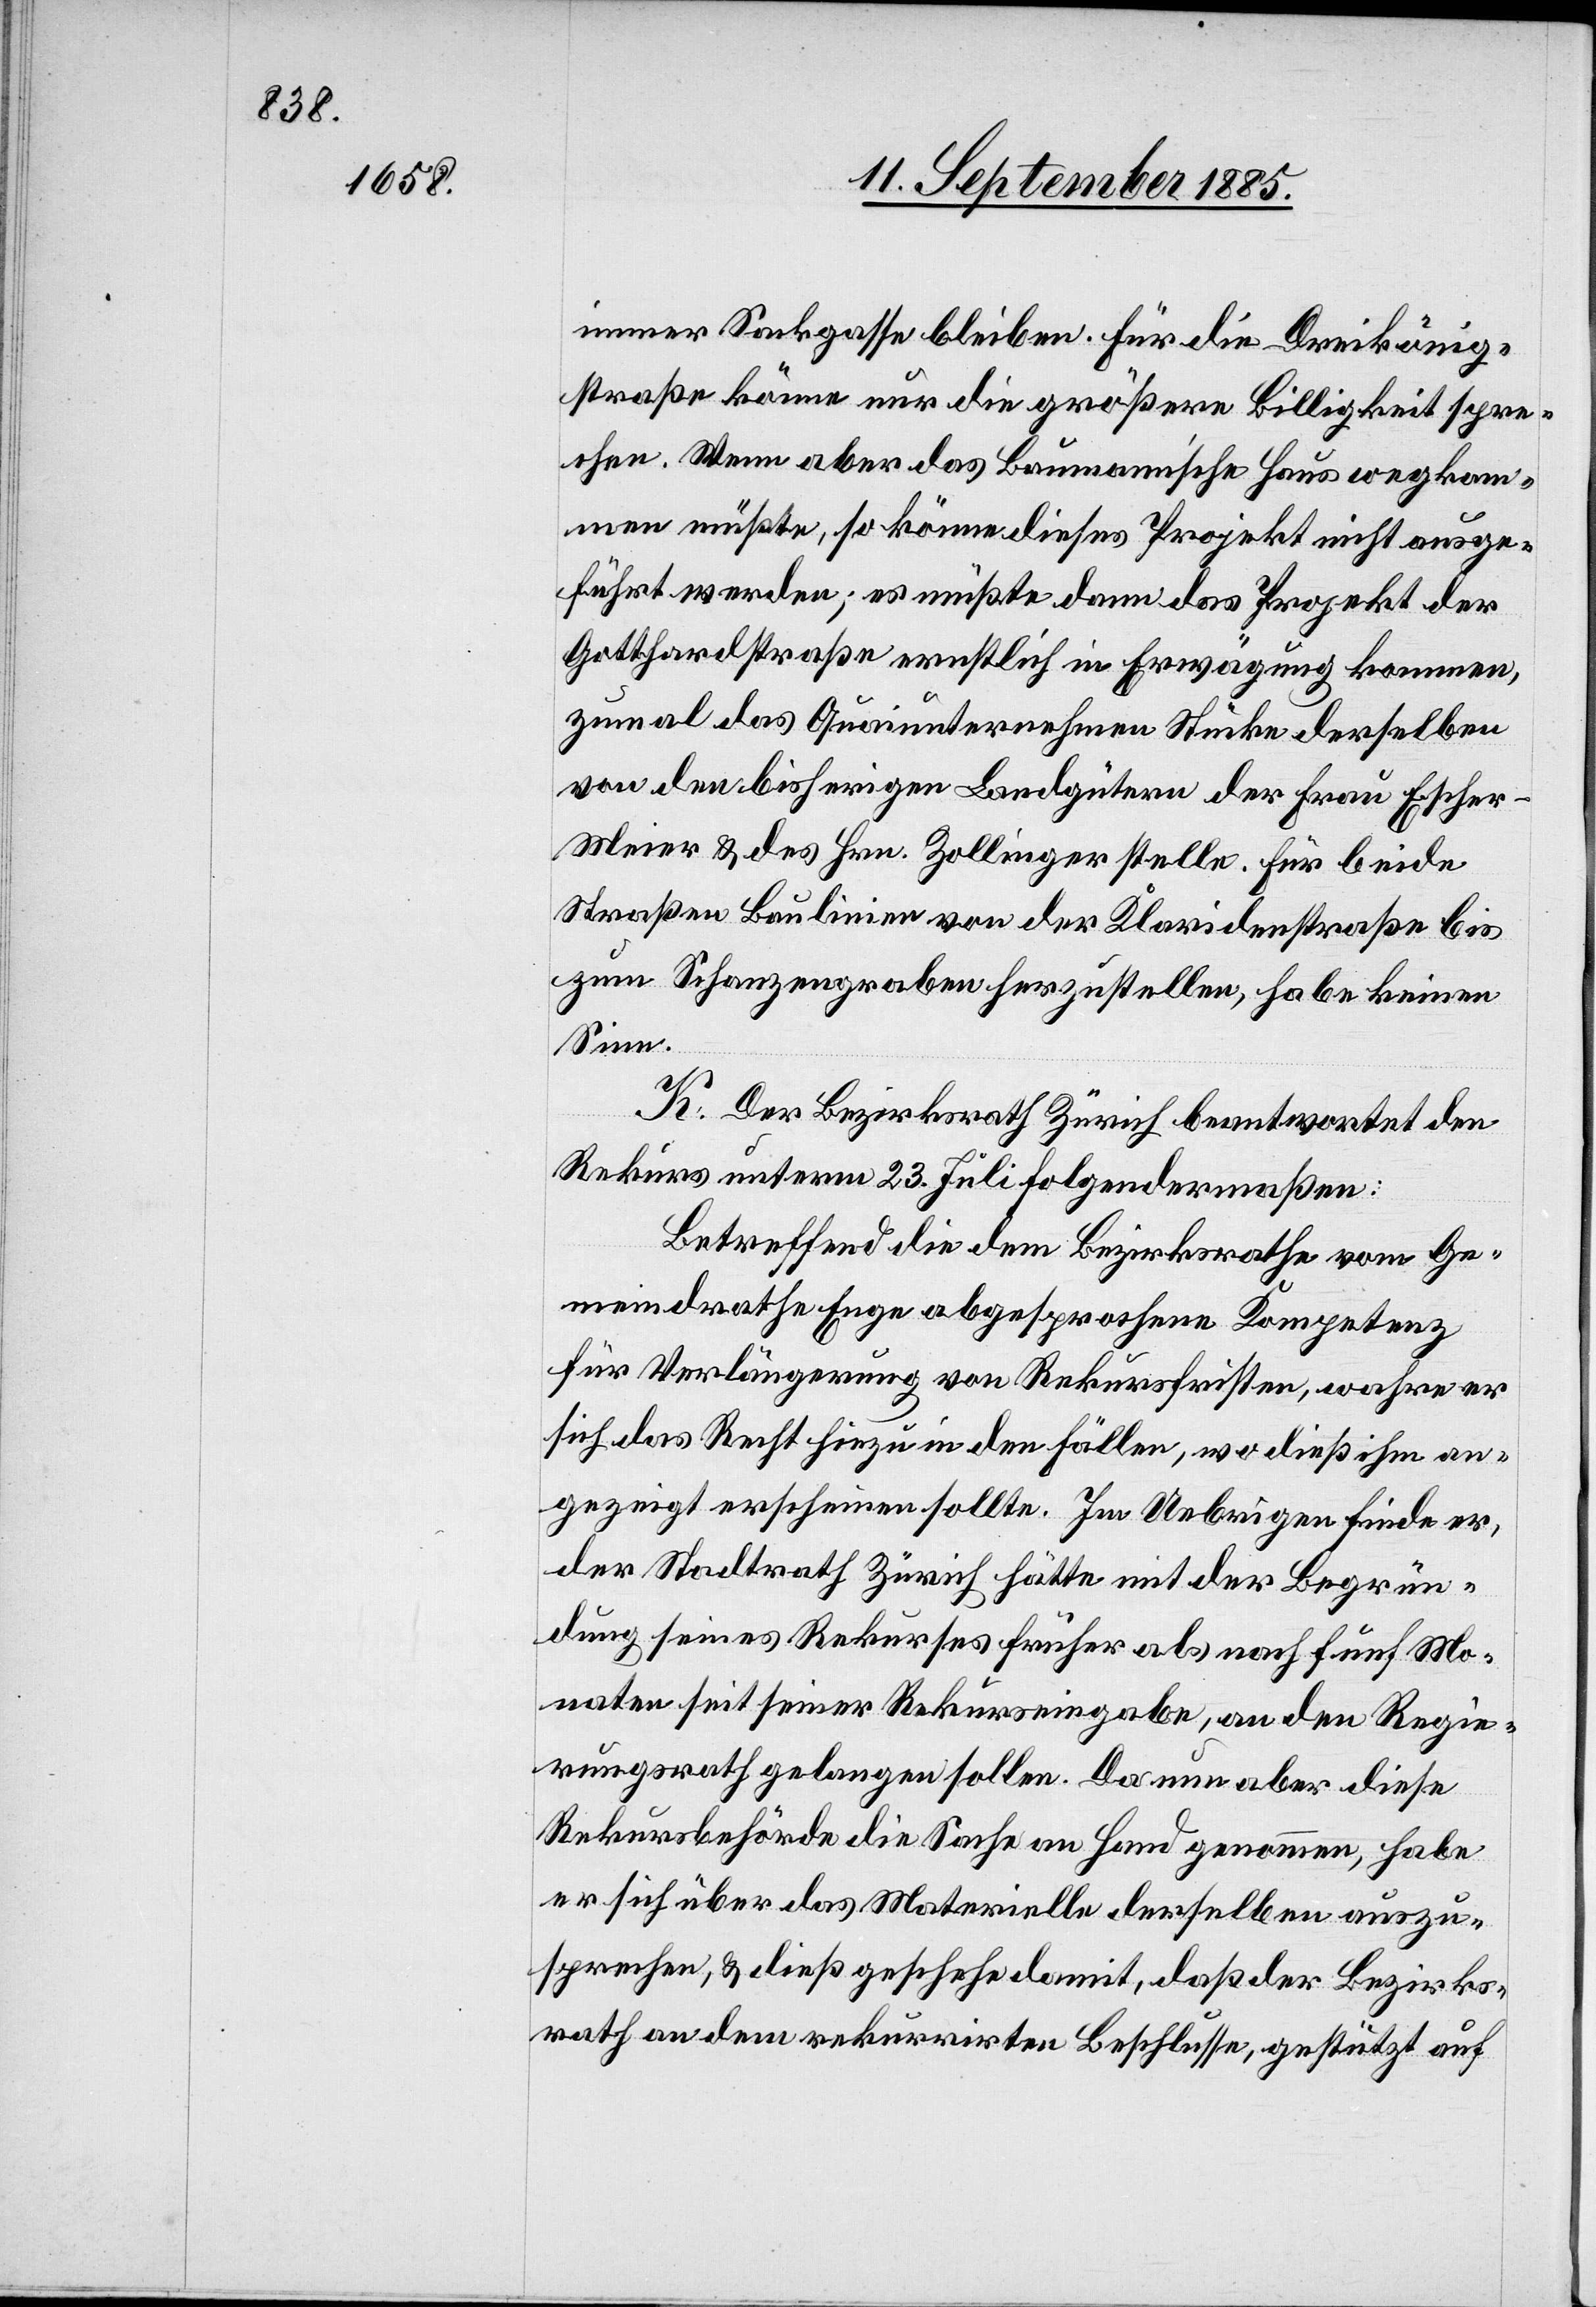
immer Sackgasse bleiben. Für die Dreikönig¬
straße könne nur die größere Billigkeit spre¬
chen. Wenn aber das Baumann’sche Haus wegkom¬
men müßte, so könne dieses Projekt nicht ausge¬
führt werden; es müßte dann das Projekt der
Gotthardstraße ernstlich in Erwägung kommen,
zumal das Quaiunternehmen Stücke derselben
von den bisherigen Landgütern der Frau Esche¬
r-Meier & des Hrn. Zollinger stelle. Für beide
Straßen Baulinien von der Klaridenstraße bis
zum Schanzengraben herzustellen, habe keinen
Sinn.
K. Der Bezirksrath Zürich beantwortet den
Rekurs unterm 23. Juli folgendermaßen:
Betreffend die dem Bezirksrathe vom Ge¬
meindrathe Enge abgesprochenen Kompetenz
für Verlängerung von Rekursfristen, wahre er
sich das Recht hiezu in den Fällen, wo dieß ihm an¬
gezeigt erscheinen sollte. Im Uebrigen finde er,
der Stadtrath Zürich hätte mit der Begrün¬
dung seines Rekurses früher als nach fünf Mo¬
naten seit seiner Rekurseingabe, an den Regie¬
rungsrath gelangen sollen. Da nun aber diese
Rekursbehörde die Sache an Hand genommen, habe
er sich über das Materielle derselben auszu¬
sprechen, & dieß geschehe damit, daß der Bezirks¬
rath an dem rekurrirten Beschlusse, gestützt auf